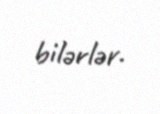
bilərlər.